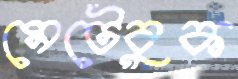
মেটেবুক